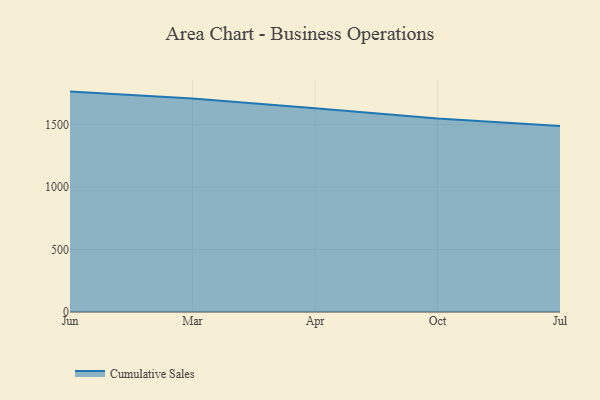
{"axis": {"x": "Month", "y": "Latency (ms)"}, "legend": ["Cumulative Sales"], "data": [{"x": "Jun", "y": 1762.4, "type": "Cumulative Sales"}, {"x": "Mar", "y": 1706.7, "type": "Cumulative Sales"}, {"x": "Apr", "y": 1630.2, "type": "Cumulative Sales"}, {"x": "Oct", "y": 1546.4, "type": "Cumulative Sales"}, {"x": "Jul", "y": 1488.3, "type": "Cumulative Sales"}]}